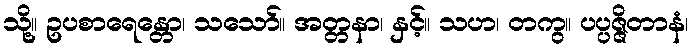
သို့။ ဥပစာရေန္တော၊ သသော်။ အတ္တနာ၊ နှင့်။ သဟ၊ တကွ။ ပပ္ပဇ္ဇိတာနံ၊